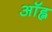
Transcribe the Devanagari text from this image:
ऑह्न